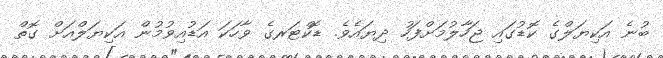
ބުނެ އަކިޔަލްގެ ކޮޑުގައި ޖަހާލުމަށްފަހު ދިޔައެވެ. ޑޮކްޓަރގެ ވާހަކަ އަޑުއިވުމުން އަކިޔަލްއަށް ގޮތް